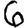
Digit: 6